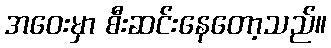
အဝေးမှာ စီးဆင်းနေတော့သည်။